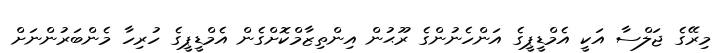
މިރޭގެ ޖަލްސާ އަކީ އެމްޑީޕީގެ އަންހެނުންގެ ރޫޙުން އިންތިޒާމްކޮށްގެން އެމްޑީޕީގެ ހުރިހާ މެންބަރުންނަށް